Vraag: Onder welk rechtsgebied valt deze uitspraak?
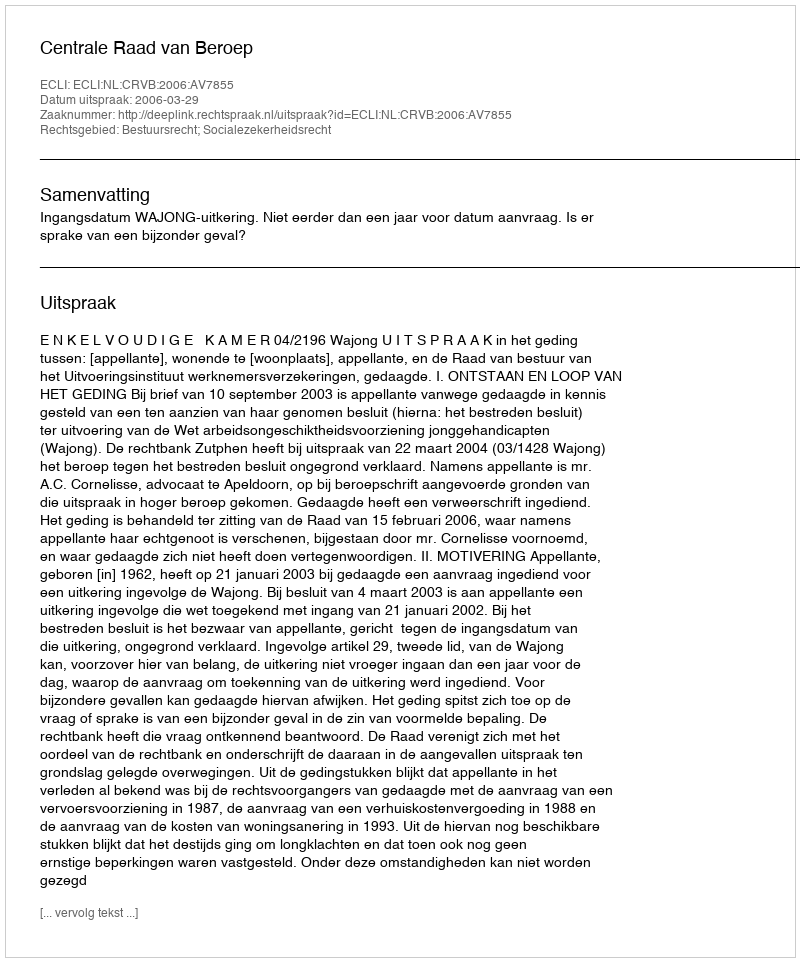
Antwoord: Bestuursrecht; Socialezekerheidsrecht